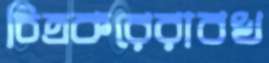
চিত্রকরেরাবখ